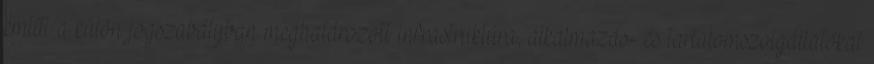
említi a külön jogszabályban meghatározott infrastruktúra, alkalmazás- és tartalomszolgáltatókat